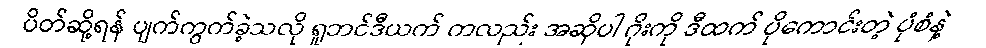
ပိတ်ဆို့ရန် ပျက်ကွက်ခဲ့သလို ရူဘင်ဒီယက် ကလည်း အဆိုပါ ဂိုးကို ဒီထက် ပိုကောင်းတဲ့ ပုံစံနဲ့